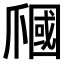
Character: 𤔩